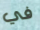
في